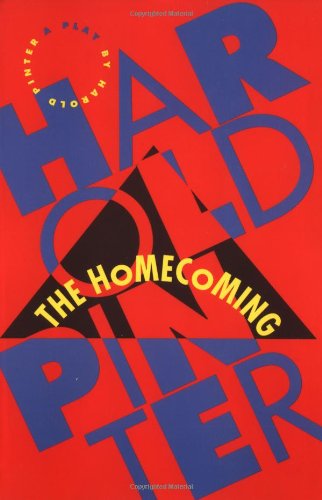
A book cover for The Homecoming; Harold Pinter; Literature & Fiction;